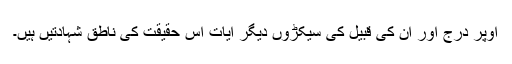
اوپر درج اور ان کی قبیل کی سیکڑوں دیگر آیات اس حقیقت کی ناطق شہادتیں ہیں۔